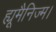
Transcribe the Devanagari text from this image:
ह्यूमैनिज्म।